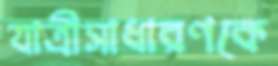
যাত্রীসাধারণকে